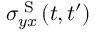
\sigma _ { y x } ^ { \textrm { S } } ( t , t ^ { \prime } )